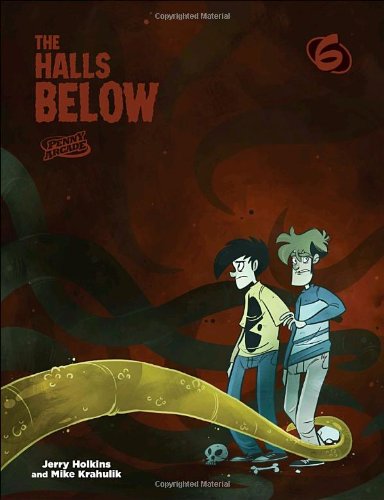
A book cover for Penny Arcade 6: The Halls Below; Jerry Holkins; Humor & Entertainment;